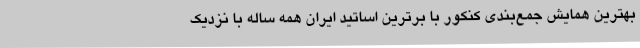
بهترین همایش جمع­بندی کنکور با برترین اساتید ایران همه ساله با نزدیک